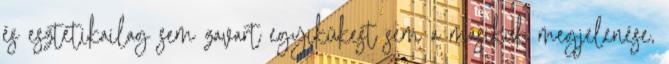
és esztétikailag sem zavart egyikükest sem a másikuk megjelenése,